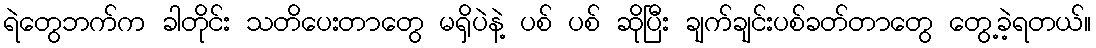
ရဲတွေဘက်က ခါတိုင်း သတိပေးတာတွေ မရှိပဲနဲ့ ပစ် ပစ် ဆိုပြီး ချက်ချင်းပစ်ခတ်တာတွေ တွေ့ခဲ့ရတယ်။